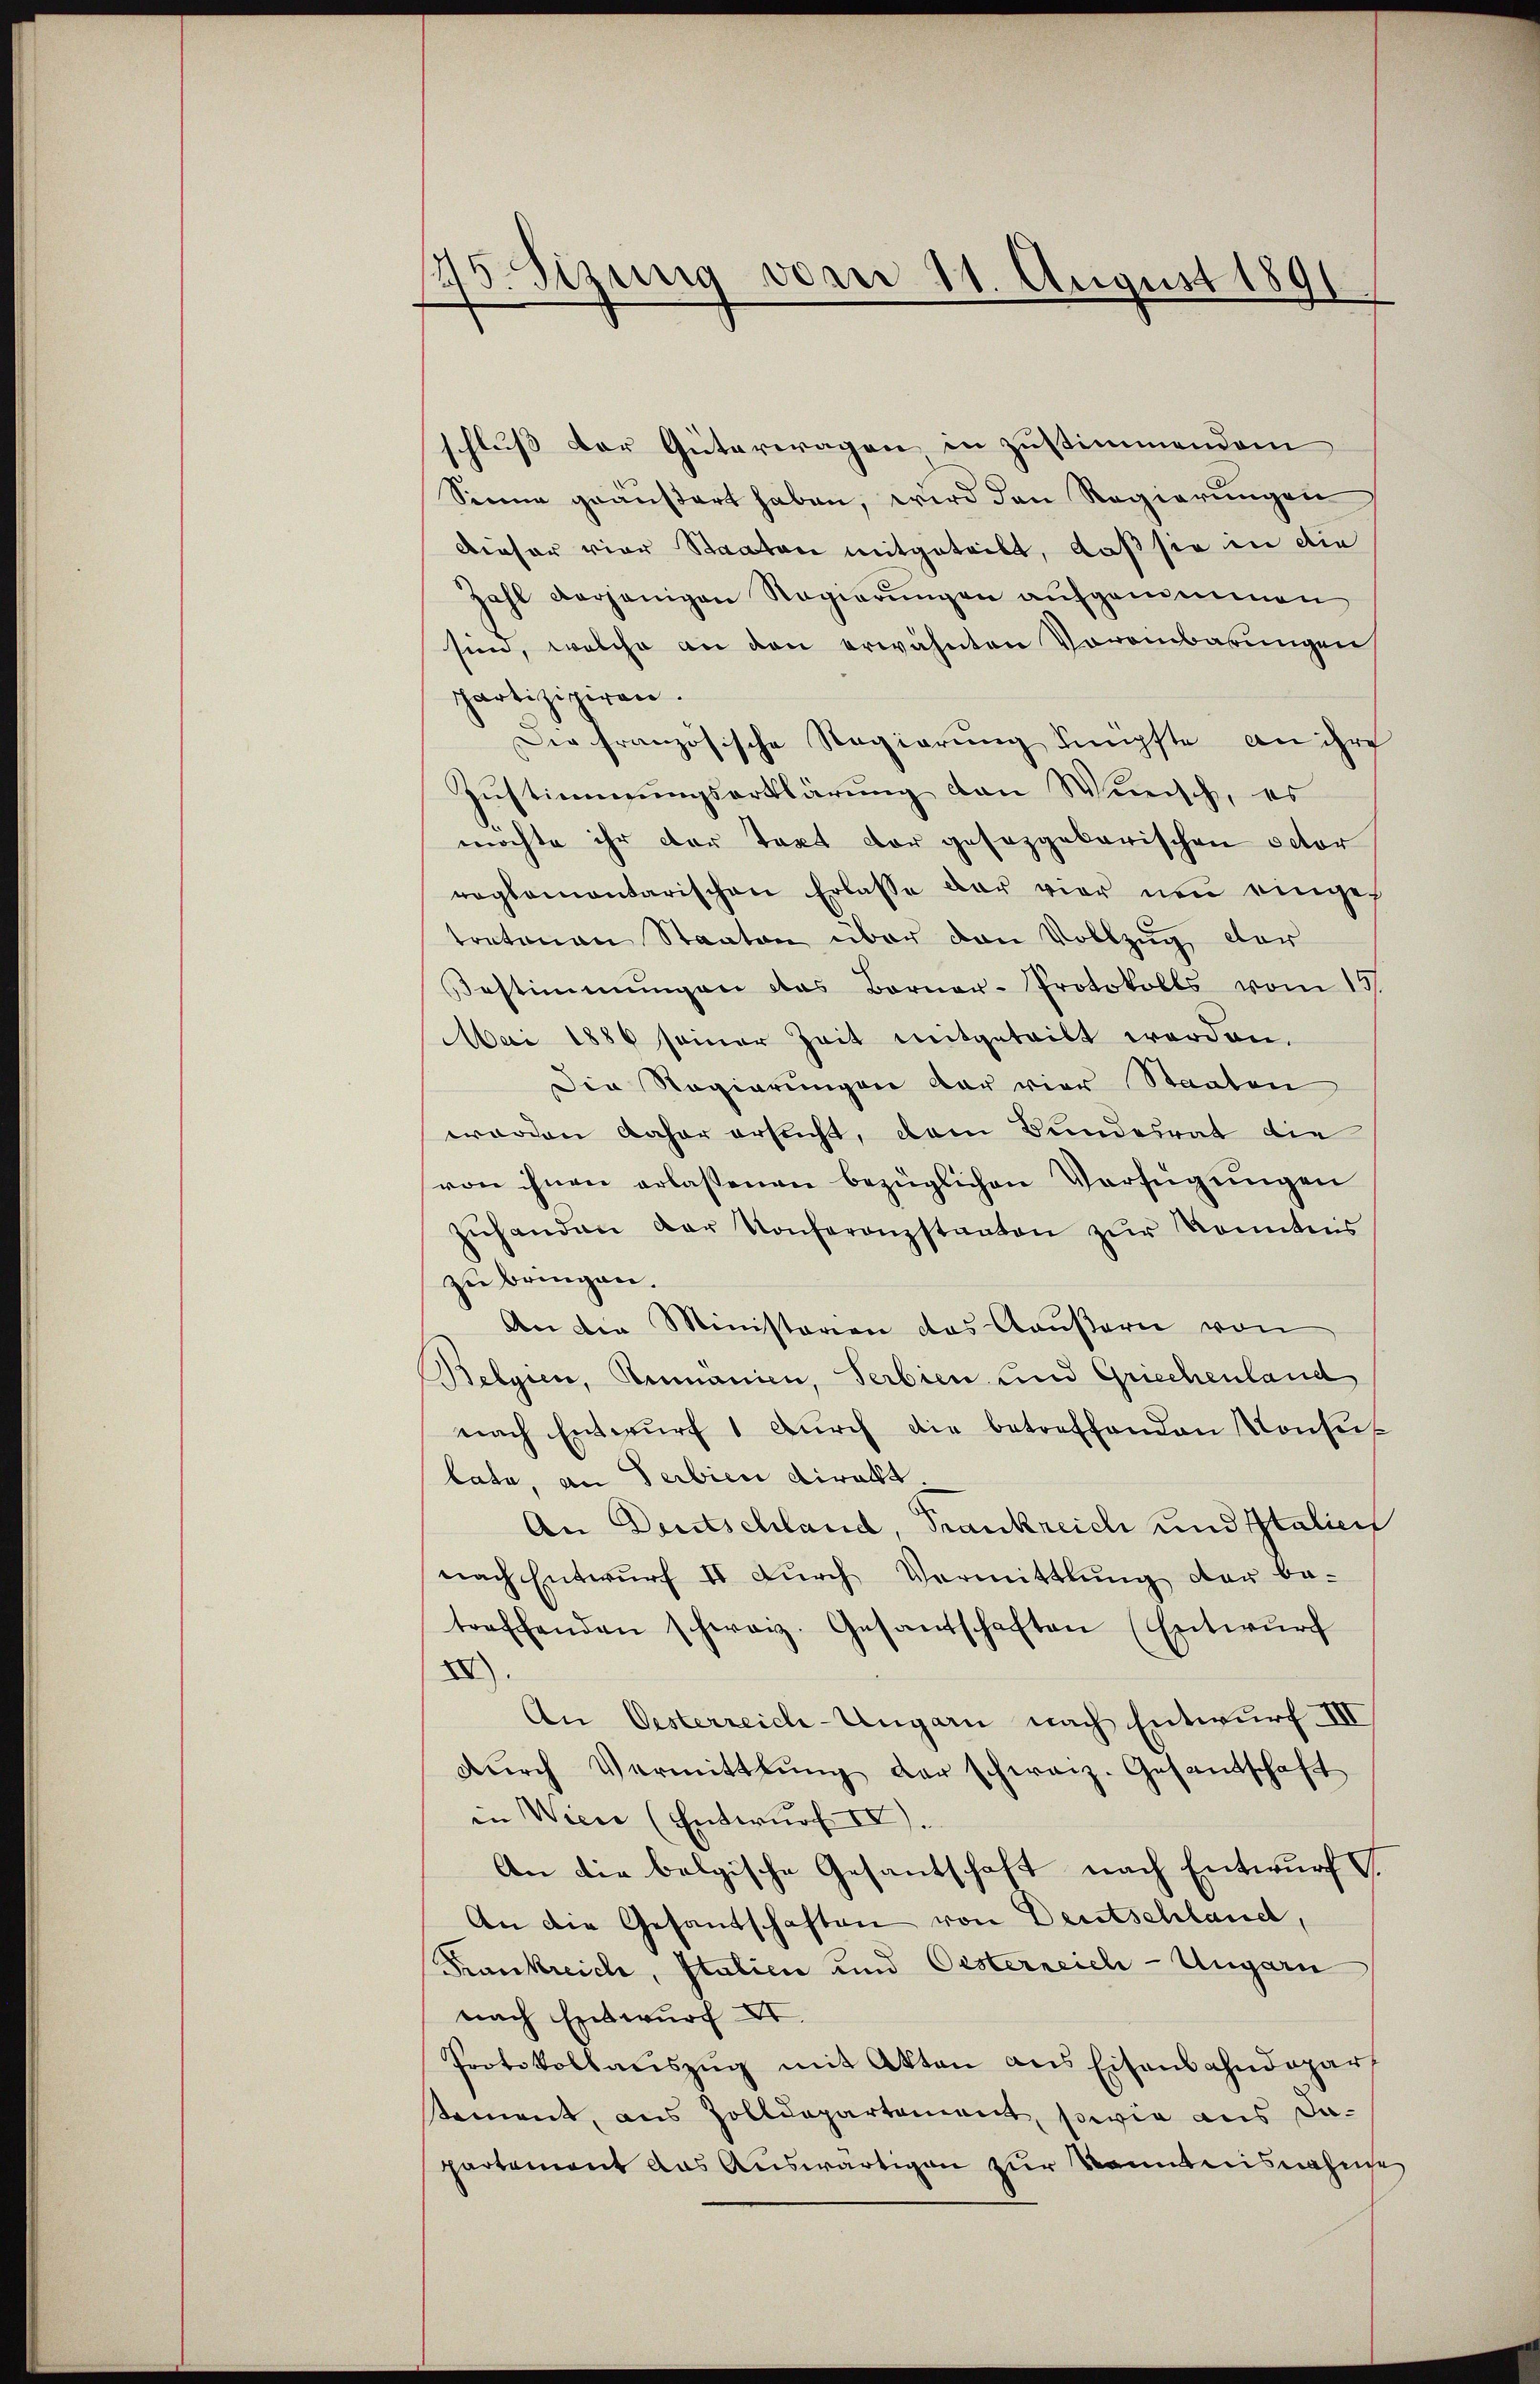
145. Sizung vom 11. August 1891

schluß der Güterwagen in zustimmendem
Senne geäußert haben, wird den Regierungen
Dieser vier Staaten mitgeteilt, daß sie in die
zahl derjenigen Regierungen aufgenommenen
sen, welche an den erwähnten Voreinbarungen
partizipiren.
Die französische Regierung knüpfte an ihre
Zustimmungserklärung den Wunsch, es
möchte ihr der Text der gesezgebarischen octor
reglementarischen Erlasse der vier neu eingeh
tretenen Staaten über den Vollzug der
Bestimmungen das Berner-Protokolls vom 19.
Mai 1886 seiner Zeit mitgeteilt werden.
Die Regierungen dar vier Staaten
worden daher ersucht, dem Bundesrat die
von ihnen erlassenen bezüglichen Verfügungen
zŭhanden der Konferenzstanten zur Kenntnis
zu bringen.
An die Ministerien das Gaußern von
Belgien, Rumanien, Serbien und Griechenland
nach Entwŭrf 1 Dŭrch die betreffenden Konse
lata, an Serbien direkt.
An Deutschland, Frankreich und Italien
nach Entwŭrf II dŭrch Vermittlung der be-
treffenden schweiz. Gesantschaften (Entwŭrf
XII
An Oesterreich-Ungarn nach Entwurf III
dŭrch Vermittlung der schweiz. Gesandschaft
in Wien (Entwurf II).
An die belgische Gesandschaft nach Entwurf
An die Gesandschaften von Deutschland,
Krankreich, Italien und Oesterreich-Ungarn
nach Entwurf XI.
Protokollaŭszŭg mit Akten aus Eisenbahndepart
stament, aus Zolldepartement, sowie aus da-
partement das Auswärtigen zur Kenntnisnahme